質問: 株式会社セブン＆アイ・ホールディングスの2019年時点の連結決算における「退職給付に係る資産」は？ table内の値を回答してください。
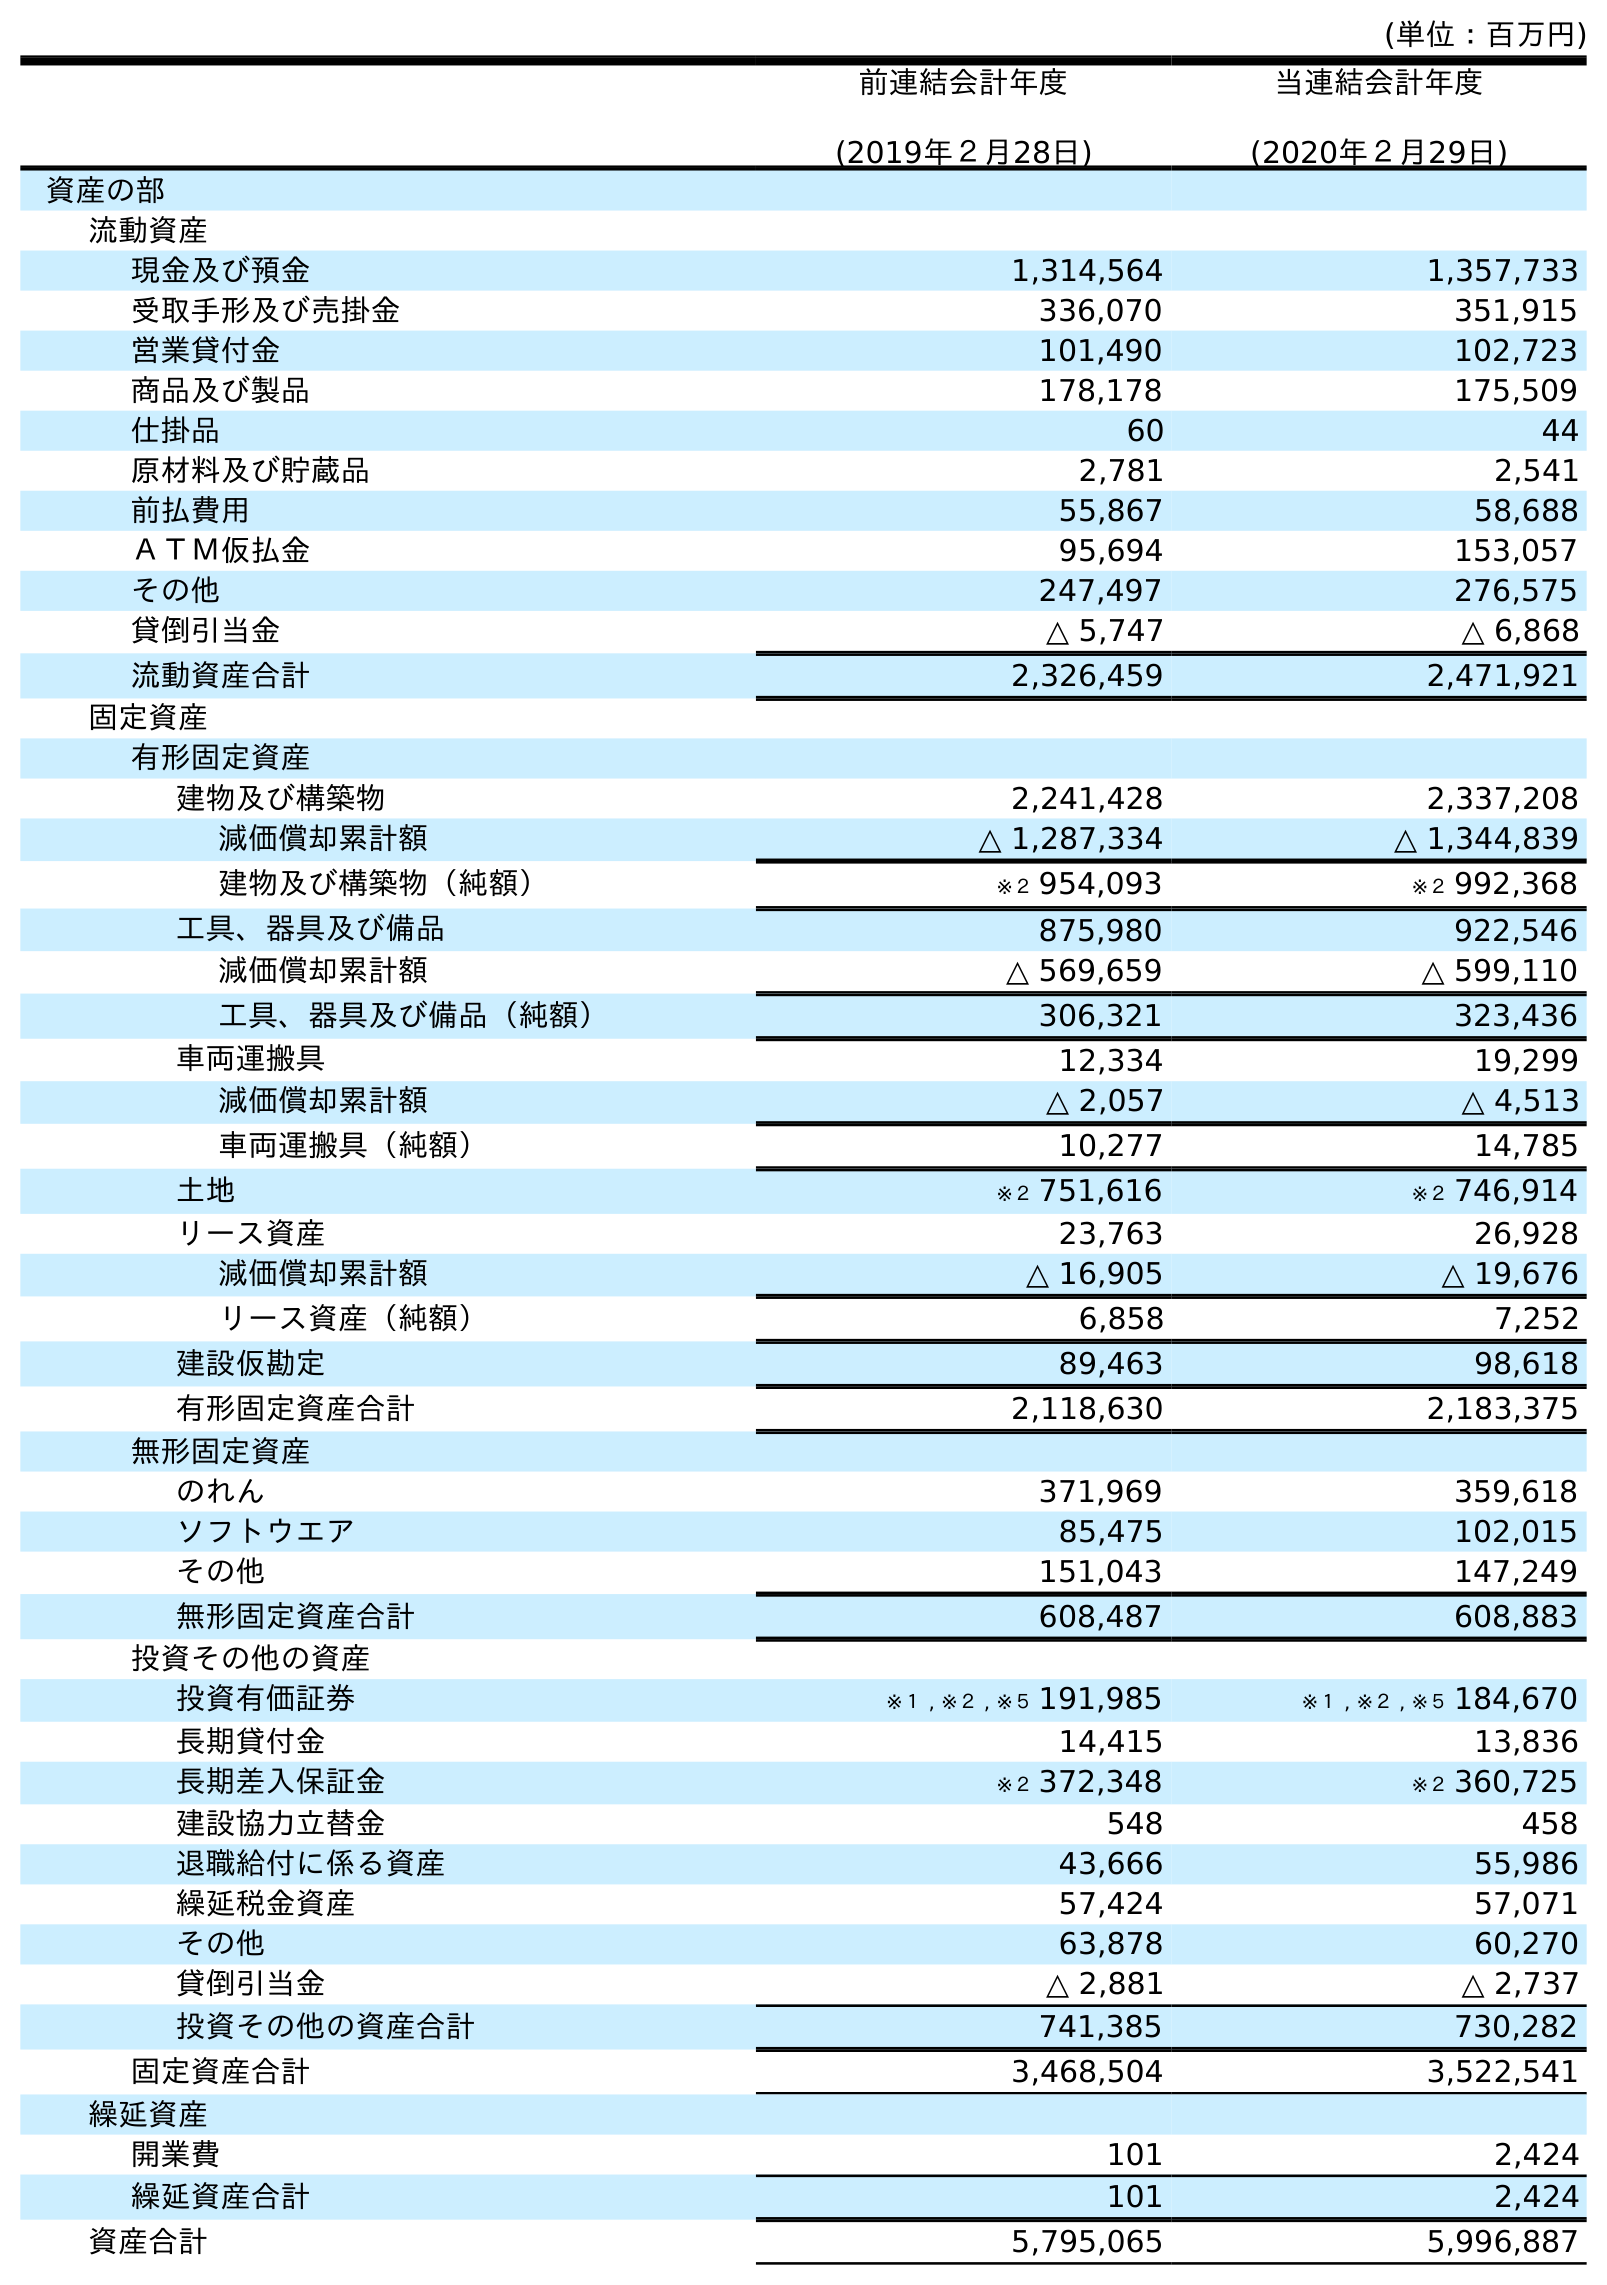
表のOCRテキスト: (単位：百万円) 前連結会計年度 (2019年２月28日) 当連結会計年度 (2020年２月29日) 資産の部 流動資産 現金及び預金 1,314,564 1,357,733 受取手形及び売掛金 336,070 351,915 営業貸付金 101,490 102,723 商品及び製品 178,178 175,509 仕掛品 60 44 原材料及び貯蔵品 2,781 2,541 前払費用 55,867 58,688 ＡＴＭ仮払金 95,694 153,057 その他 247,497 276,575 貸倒引当金 △ 5,747 △ 6,868 流動資産合計 2,326,459 2,471,921 固定資産 有形固定資産 建物及び構築物 2,241,428 2,337,208 減価償却累計額 △ 1,287,334 △ 1,344,839 建物及び構築物（純額） ※２ 954,093 ※２ 992,368 工具、器具及び備品 875,980 922,546 減価償却累計額 △ 569,659 △ 599,110 工具、器具及び備品（純額） 306,321 323,436 車両運搬具 12,334 19,299 減価償却累計額 △ 2,057 △ 4,513 車両運搬具（純額） 10,277 14,785 土地 ※２ 751,616 ※２ 746,914 リース資産 23,763 26,928 減価償却累計額 △ 16,905 △ 19,676 リース資産（純額） 6,858 7,252 建設仮勘定 89,463 98,618 有形固定資産合計 2,118,630 2,183,375 無形固定資産 のれん 371,969 359,618 ソフトウエア 85,475 102,015 その他 151,043 147,249 無形固定資産合計 608,487 608,883 投資その他の資産 投資有価証券 ※１ , ※２ , ※５ 191,985 ※１ , ※２ , ※５ 184,670 長期貸付金 14,415 13,836 長期差入保証金 ※２ 372,348 ※２ 360,725 建設協力立替金 548 458 退職給付に係る資産 43,666 55,986 繰延税金資産 57,424 57,071 その他 63,878 60,270 貸倒引当金 △ 2,881 △ 2,737 投資その他の資産合計 741,385 730,282 固定資産合計 3,468,504 3,522,541 繰延資産 開業費 101 2,424 繰延資産合計 101 2,424 資産合計 5,795,065 5,996,887
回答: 43,666